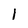
Character: I